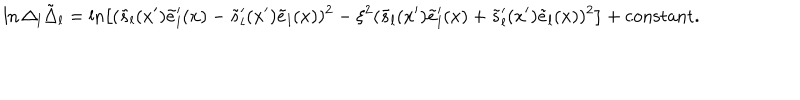
\ln \Delta _ { l } \tilde { \Delta } _ { l } = \ln \left[ ( \tilde { s } _ { l } ( x ^ { \prime } ) \tilde { e } _ { l } ^ { \prime } ( x ) - \tilde { s } _ { l } ^ { \prime } ( x ^ { \prime } ) \tilde { e } _ { l } ( x ) ) ^ { 2 } - \xi ^ { 2 } ( \tilde { s } _ { l } ( x ^ { \prime } ) \tilde { e } _ { l } ^ { \prime } ( x ) + \tilde { s } _ { l } ^ { \prime } ( x ^ { \prime } ) \tilde { e } _ { l } ( x ) ) ^ { 2 } \right] + \mathrm { c o n s t a n t } .